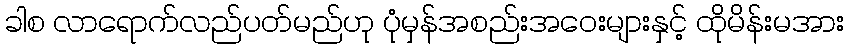
ခါစ လာရောက်လည်ပတ်မည်ဟု ပုံမှန်အစည်းအဝေးများနှင့် ထိုမိန်းမအား